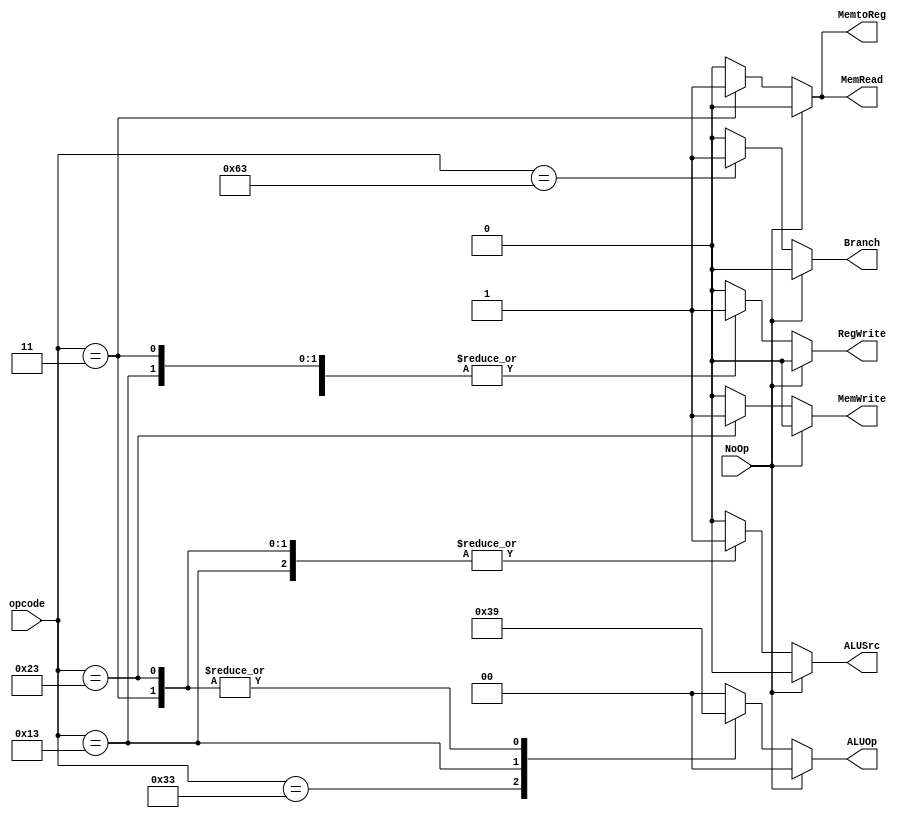
module Control(
         opcode,

         RegWrite,
         MemtoReg,
         MemRead,
         MemWrite,
         ALUOp,
         ALUSrc,
         Branch,

         NoOp,
       );

input [6:0] opcode;
input NoOp;

output reg [1:0] ALUOp;
output reg ALUSrc;
output reg RegWrite;
output reg MemtoReg, MemRead,
       MemWrite, Branch;

wire R_type, I_type;
assign R_type = 7'b0110011;
assign I_type = 7'b0010011;

always@(opcode or NoOp)
  begin
    if (NoOp)
      begin
        RegWrite <= 0;
        MemtoReg <= 0;
        MemRead <= 0;
        MemWrite <= 0;
        ALUOp  <= 2'b0;
        ALUSrc <= 0;
        Branch <= 0;
      end
    else
      case (opcode)
        7'b0110011:  // R-Type
          begin
            RegWrite <= 1;
            MemtoReg <= 0;
            MemRead <= 0;
            MemWrite <= 0;
            ALUOp  <= 2'b11;  // decided by funct code
            ALUSrc <= 0;  // from data2
            Branch <= 0;
          end
        7'b0010011:  // I-Type
          begin
            RegWrite <= 1;
            MemtoReg <= 0;
            MemRead <= 0;
            MemWrite <= 0;
            ALUOp <= 2'b10;  // decided by funct code, imme
            ALUSrc <= 1;  // from imme
            Branch <= 0;
          end
        7'b0000011:   // lw
          begin
            RegWrite <= 1;
            MemtoReg <= 1;
            MemRead <= 1;
            MemWrite <= 0;
            ALUOp <= 2'b01;  // always addition
            ALUSrc <= 1;  // imme
            Branch <= 0;
          end
        7'b0100011:   // sw
          begin
            RegWrite <= 0;
            MemtoReg <= 0;
            MemRead <= 0;
            MemWrite <= 1;
            ALUOp <= 2'b01;  // always addition
            ALUSrc <= 1;  // imme
            Branch <= 0;
          end
        7'b1100011:   // beq
          begin
            RegWrite <= 0;
            MemtoReg <= 0;
            MemRead <= 0;
            MemWrite <= 0;
            ALUOp <= 2'b00;  // always subtraction
            ALUSrc <= 0;  // imme
            Branch <= 1;
          end
        default:
          begin
            ALUOp <= 0;
            ALUSrc <= 0;
            RegWrite <= 0;
            RegWrite <= 0;
            MemtoReg <= 0;
            MemRead <= 0;
            MemWrite <= 0;
            ALUOp <= 2'b00;
            ALUSrc <= 0;
            Branch <= 0;
          end
      endcase
  end

endmodule